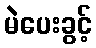
မဲပေးခွင့်